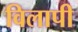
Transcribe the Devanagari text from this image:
विलापी